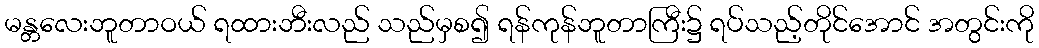
မန္တလေးဘူတာဝယ် ရထားဘီးလည် သည်မှစ၍ ရန်ကုန်ဘူတာကြီး၌ ရပ်သည့်တိုင်အောင် အတွင်းကို